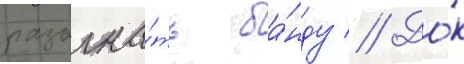
разогна́ть ба́нду // До́к